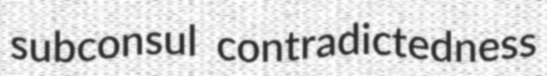
subconsul contradictedness